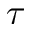
\tau